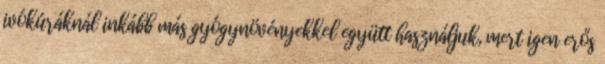
ivókúráknál inkább más gyógynövényekkel együtt használjuk, mert igen erős